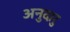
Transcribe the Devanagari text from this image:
अनुदारु